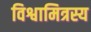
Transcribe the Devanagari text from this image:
विश्वामित्रस्य